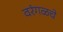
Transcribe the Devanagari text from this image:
वरंगळचे